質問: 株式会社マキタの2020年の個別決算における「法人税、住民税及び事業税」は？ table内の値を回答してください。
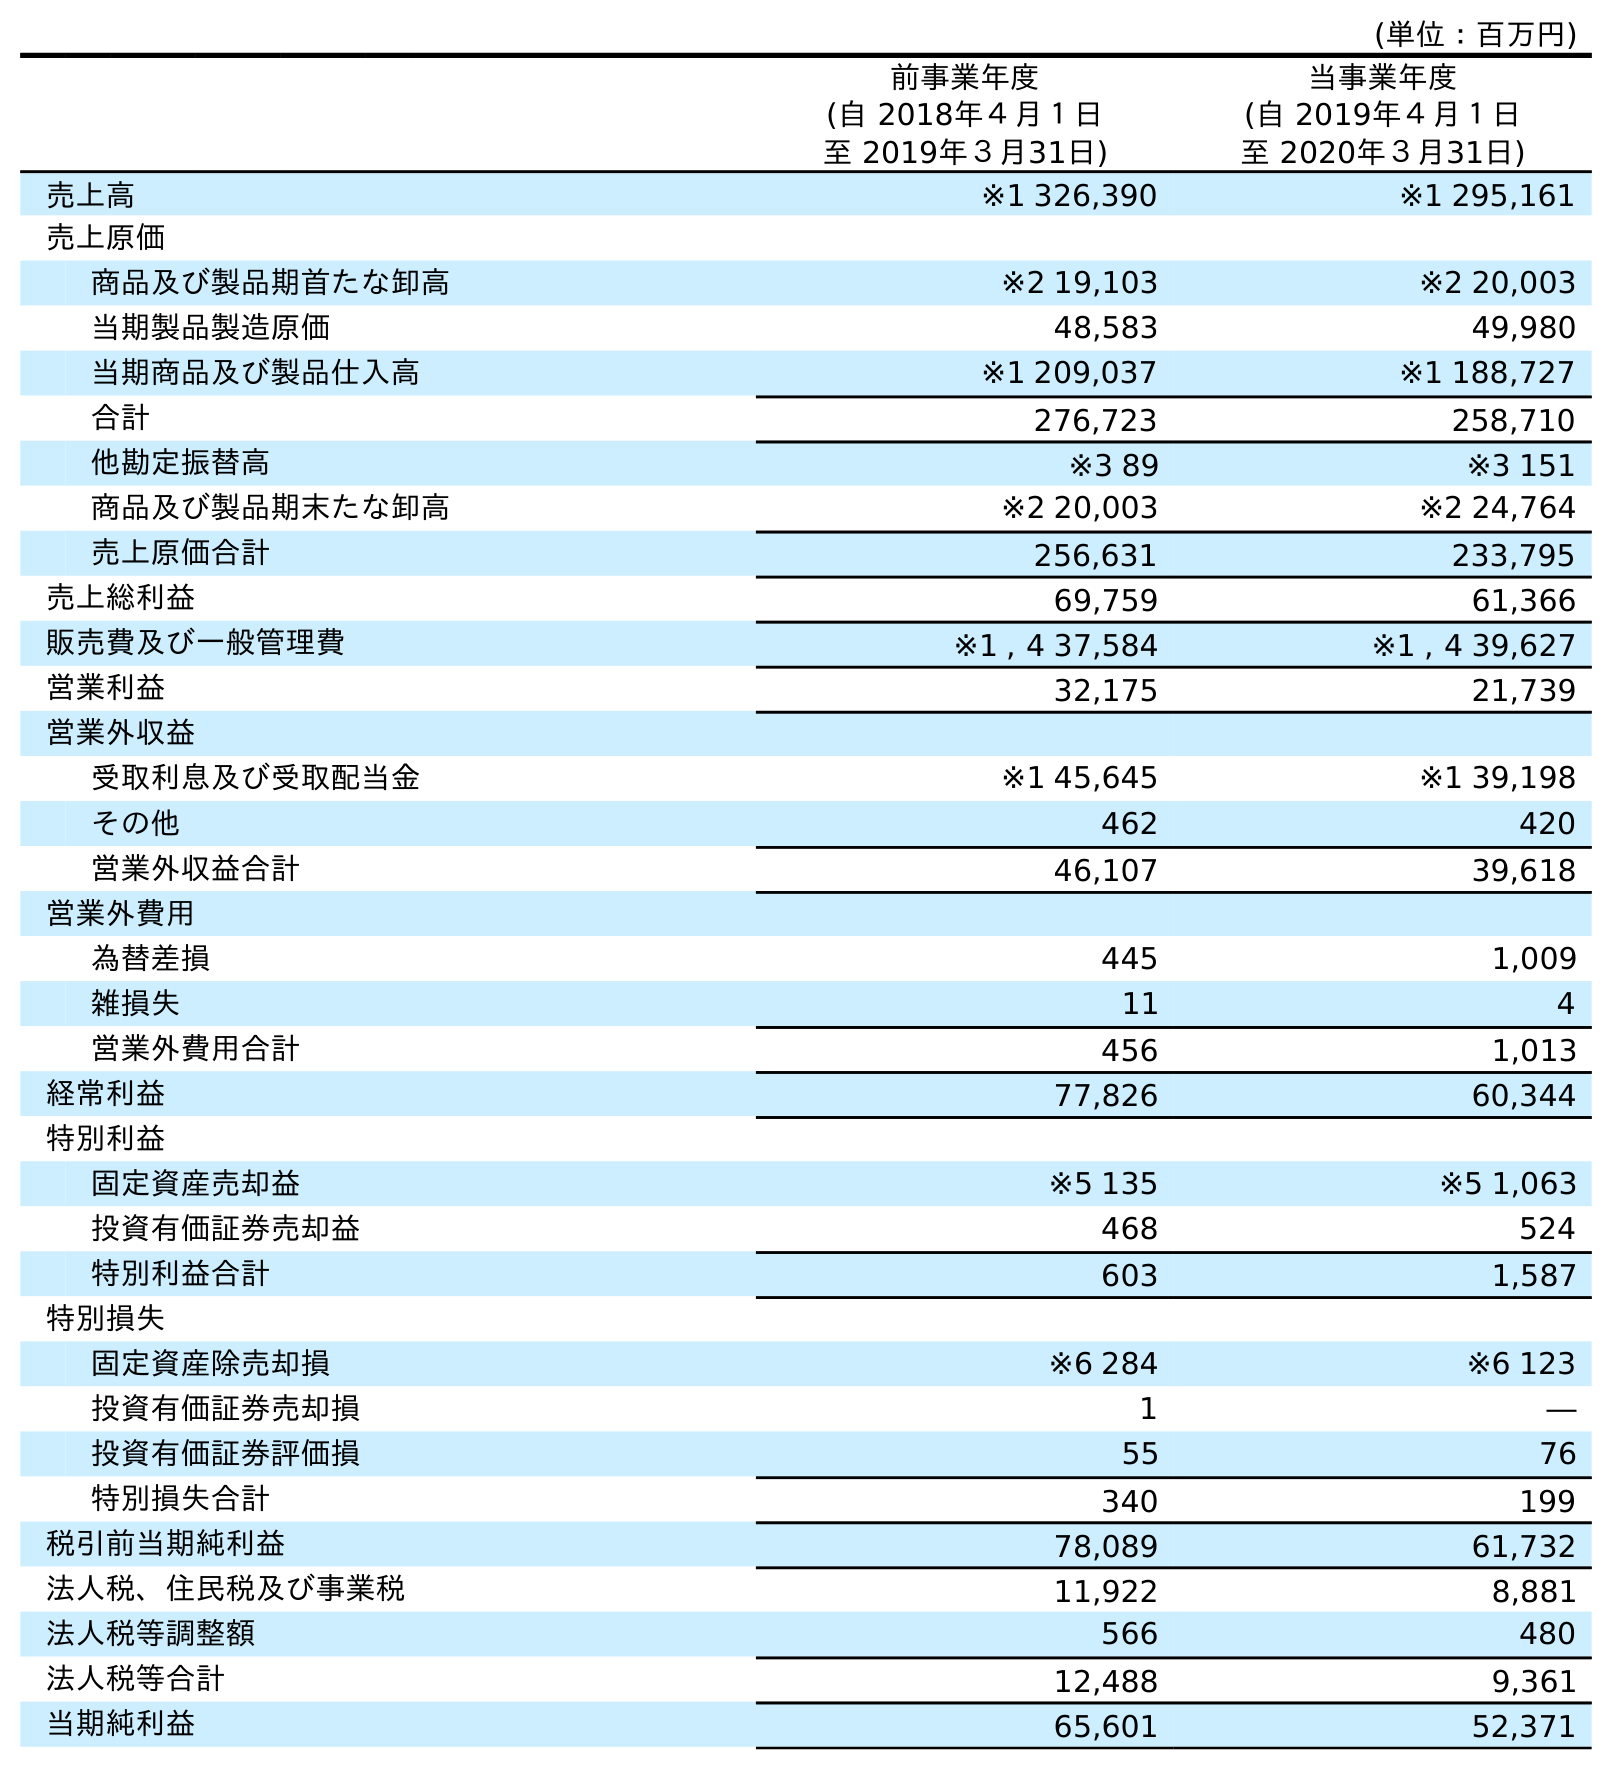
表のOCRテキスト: (単位：百万円) 前事業年度 (自 2018年４月１日 至 2019年３月31日) 当事業年度 (自 2019年４月１日 至 2020年３月31日) 売上高 ※1 326,390 ※1 295,161 売上原価 商品及び製品期首たな卸高 ※2 19,103 ※2 20,003 当期製品製造原価 48,583 49,980 当期商品及び製品仕入高 ※1 209,037 ※1 188,727 合計 276,723 258,710 他勘定振替高 ※3 89 ※3 151 商品及び製品期末たな卸高 ※2 20,003 ※2 24,764 売上原価合計 256,631 233,795 売上総利益 69,759 61,366 販売費及び一般管理費 ※1 , 4 37,584 ※1 , 4 39,627 営業利益 32,175 21,739 営業外収益 受取利息及び受取配当金 ※1 45,645 ※1 39,198 その他 462 420 営業外収益合計 46,107 39,618 営業外費用 為替差損 445 1,009 雑損失 11 4 営業外費用合計 456 1,013 経常利益 77,826 60,344 特別利益 固定資産売却益 ※5 135 ※5 1,063 投資有価証券売却益 468 524 特別利益合計 603 1,587 特別損失 固定資産除売却損 ※6 284 ※6 123 投資有価証券売却損 1 ― 投資有価証券評価損 55 76 特別損失合計 340 199 税引前当期純利益 78,089 61,732 法人税、住民税及び事業税 11,922 8,881 法人税等調整額 566 480 法人税等合計 12,488 9,361 当期純利益 65,601 52,371
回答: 8,881